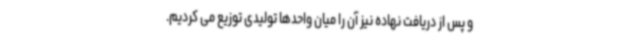
و پس از دریافت نهاده نیز آن را میان واحدها تولیدی توزیع می کردیم.